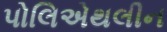
પોલિએથલીન